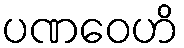
ပဏဝေဟိ